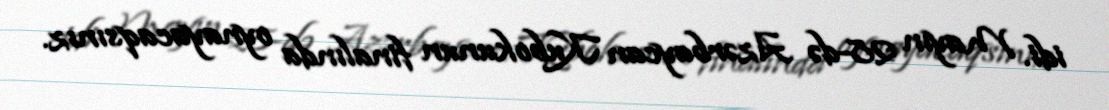
idi. Mayın 28-də Azərbaycan Kubokunun finalında oynayacaqsınız.